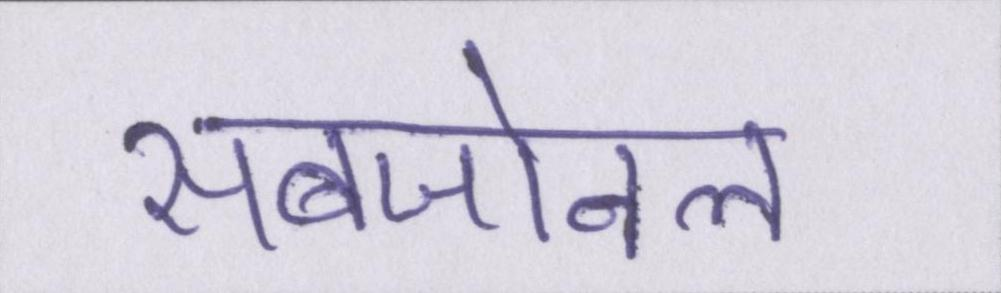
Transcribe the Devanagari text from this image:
सबजोनल